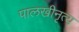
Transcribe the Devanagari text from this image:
पालखीनृत्य